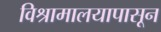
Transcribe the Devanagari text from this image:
विश्रामालयापासून